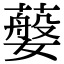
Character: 𦽮